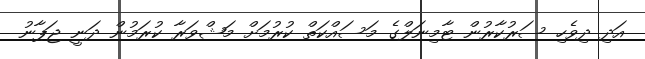
އަދި ދިވެހި ސަރުކާރުން ޓާމިނަލްގެ މަސައްކަތް ކުރުމަށް މަޝްވަރާ ކުރަމުން ދަނީ ޖަޕާނު